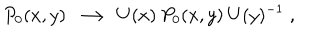
P _ { 0 } ( x , y ) \; \longrightarrow \; U ( x ) \: P _ { 0 } ( x , y ) \: U ( y ) ^ { - 1 } \; ,